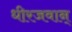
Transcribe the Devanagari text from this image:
धीरजवान्